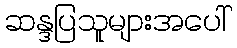
ဆန္ဒပြသူများအပေါ်